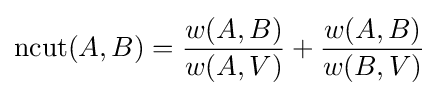
\operatorname {ncut} (A,B)={\frac {w(A,B)}{w(A,V)}}+{\frac {w(A,B)}{w(B,V)}}